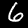
Label: 6